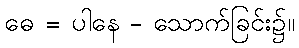
ဓေ = ပါနေ - သောက်ခြင်း၌။